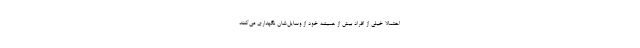
احتمالا خیلی از افراد بیش از همیشه خود از وسایل‌شان نگهداری می‌کنند